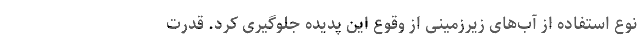
نوع استفاده از آب‌های زیرزمینی از وقوع این پدیده جلوگیری کرد. قدرت